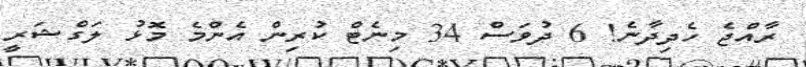
ރާއްޖެ ހެދިދާނެ! 6 ދުވަސް 34 މިނެޓް ކުރިން އެންމެ މޮޅު ލަގްޝަރީ